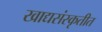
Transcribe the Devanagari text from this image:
खाद्यसंस्कृतीत